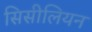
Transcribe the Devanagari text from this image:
सिसीलियन